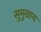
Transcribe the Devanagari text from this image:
सुमुखाय